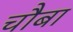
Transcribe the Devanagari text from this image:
चौबा